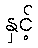
နှင့်